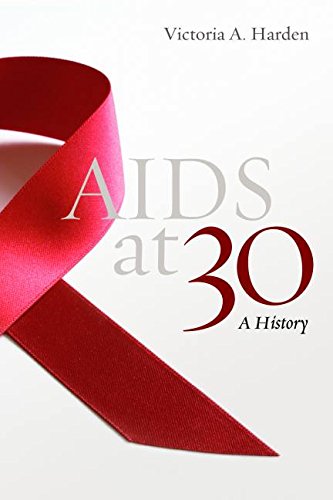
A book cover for AIDS at 30: A History; Victoria A. Harden; Health, Fitness & Dieting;